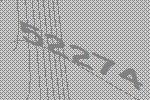
52274